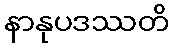
နာနုပဒဿတိ